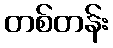
တစ်တန်း